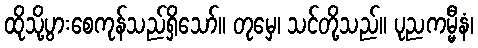
ထိုသို့ပွားစေကုန်သည်ရှိသော်။ တုမှေ၊ သင်တို့သည်။ ပုညကမ္မီနံ၊